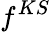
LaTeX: f^{KS}